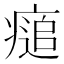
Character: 㾽